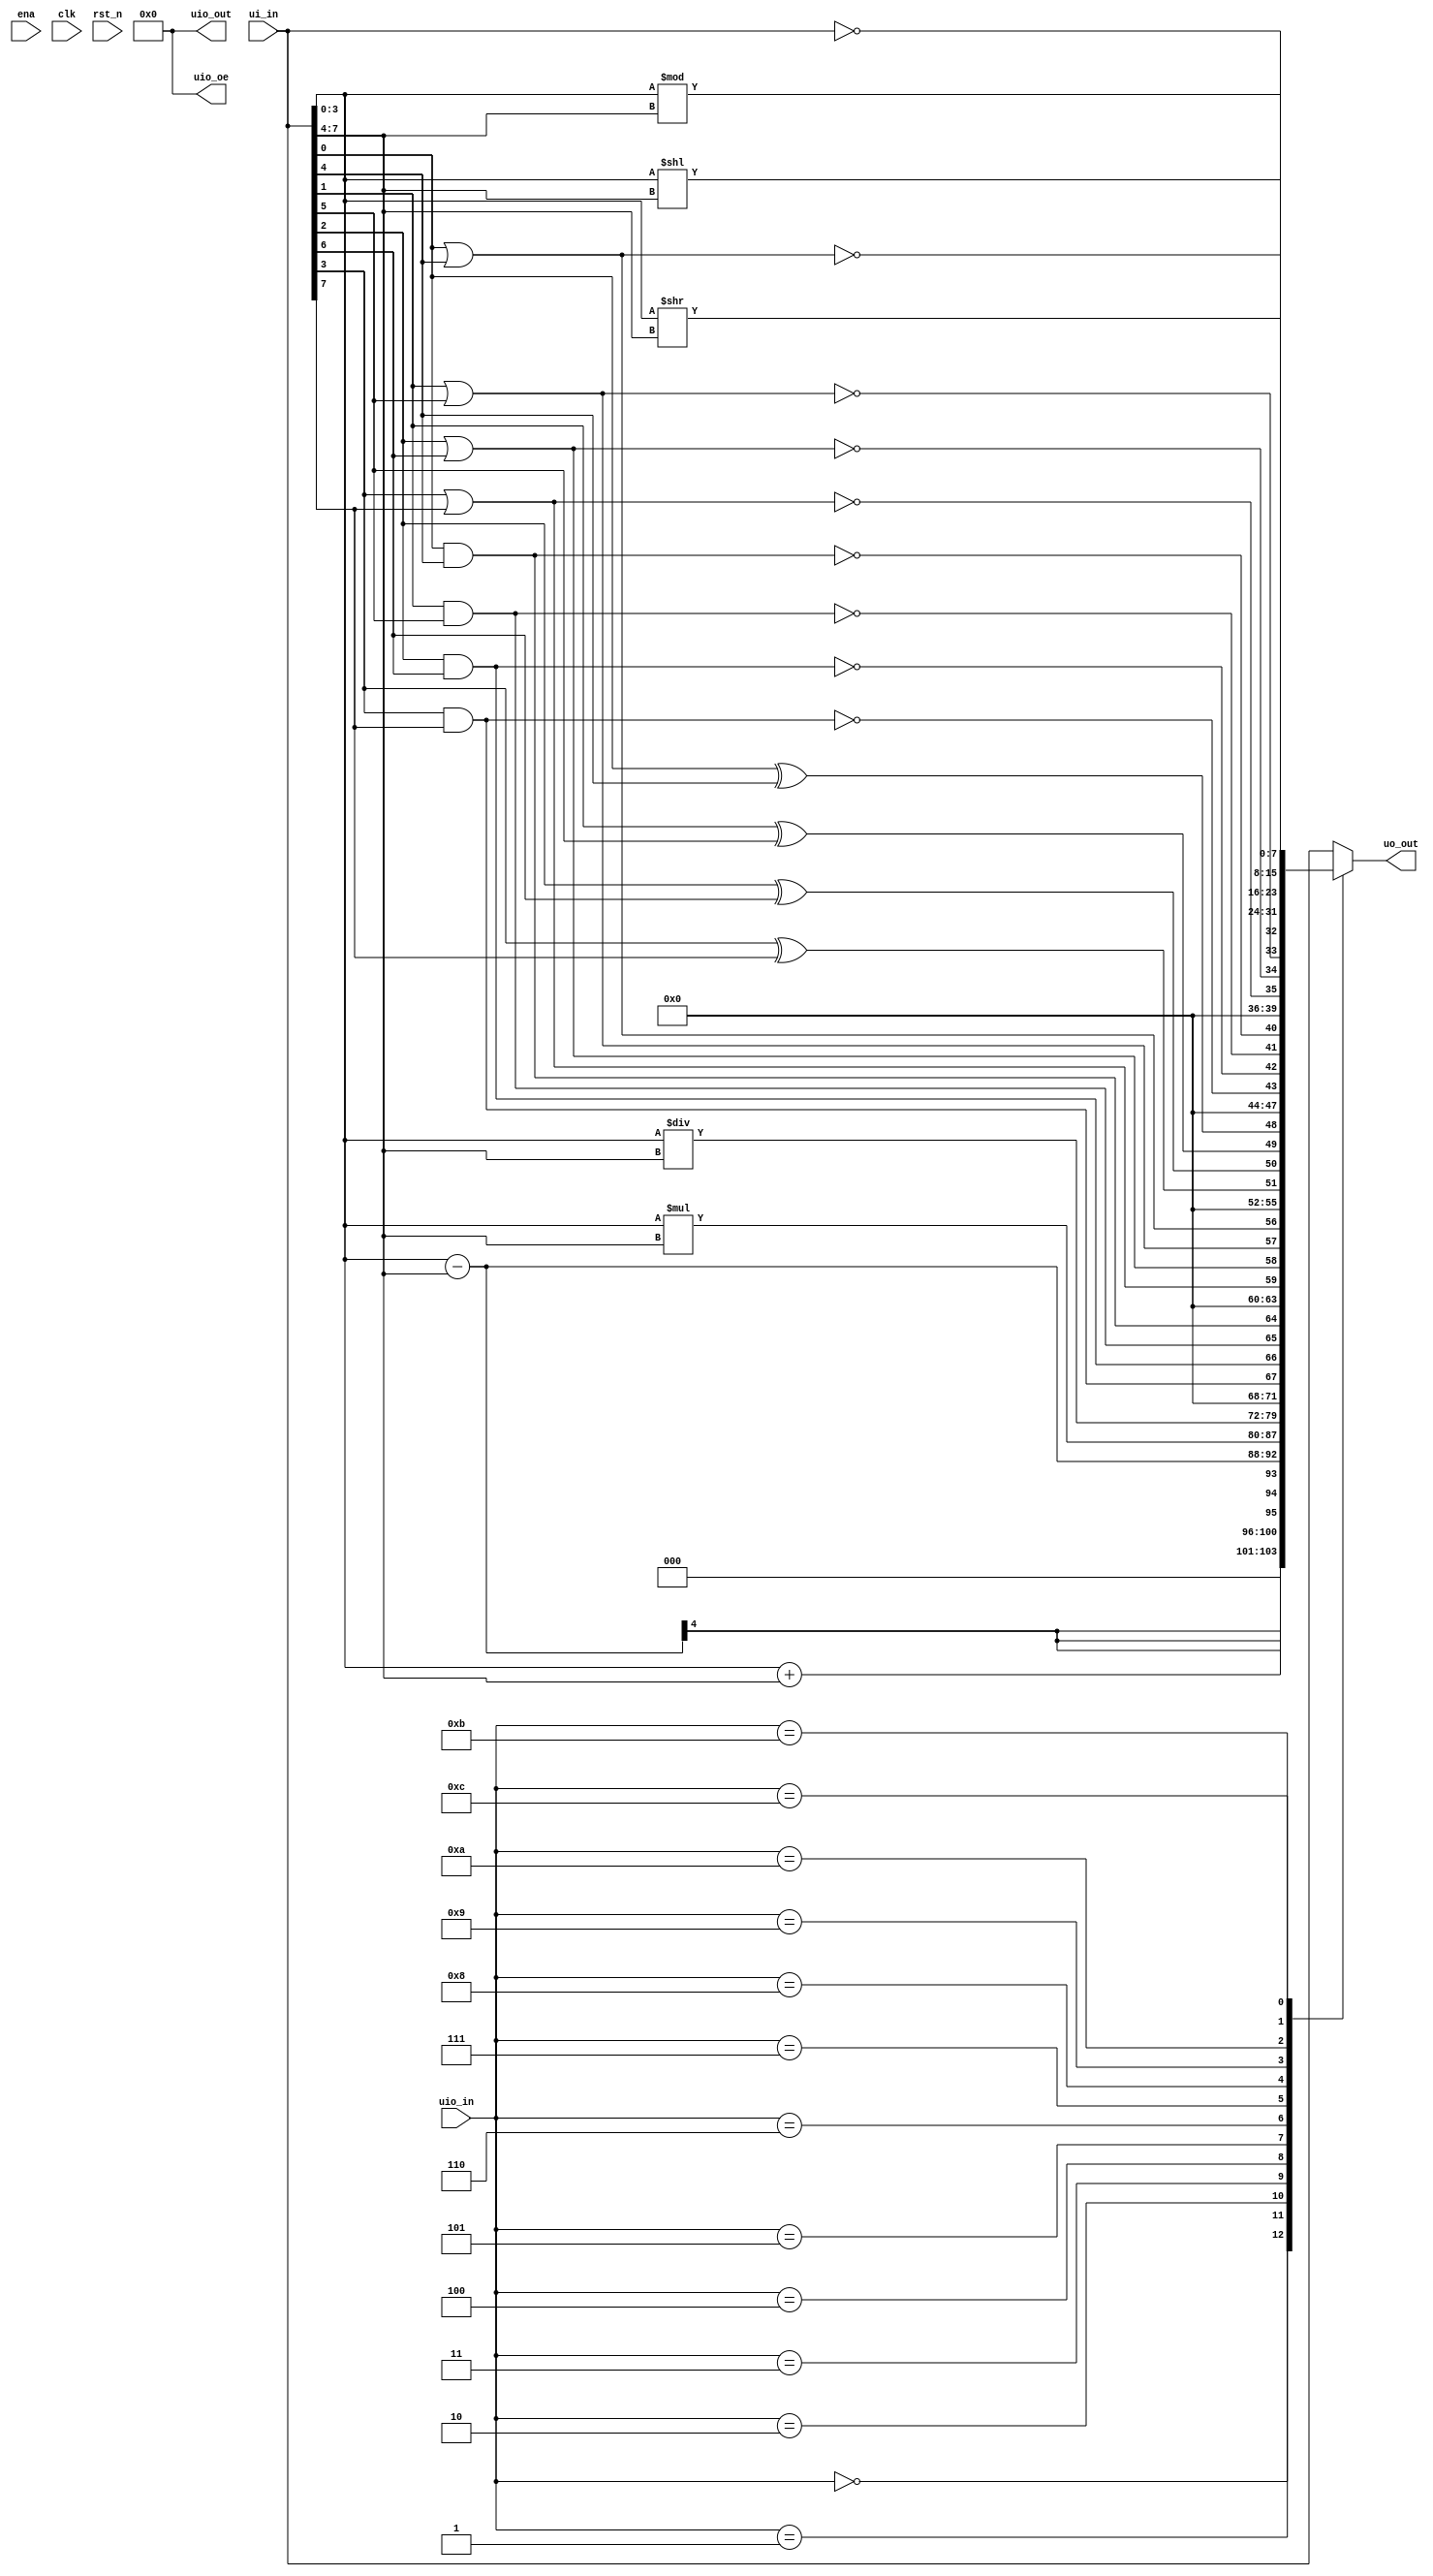
module tt_um_czlucius_alu (
    input  wire [7:0] ui_in,    // Dedicated inputs - connected to the input switches
    output wire [7:0] uo_out,   // Dedicated outputs - connected to the 7 segment display
    input  wire [7:0] uio_in,   // IOs: Bidirectional Input path
    output wire [7:0] uio_out,  // IOs: Bidirectional Output path
    output wire [7:0] uio_oe,   // IOs: Bidirectional Enable path (active high: 0=input, 1=output)
    input  wire       ena,      // will go high when the design is enabled
    input  wire       clk,      // clock
    input  wire       rst_n     // reset_n - low to reset
);
    wire[3:0] x, y; // declaration of variables
    reg [7:0] calculation;

    assign x = ui_in[3:0];
    assign y = ui_in[7:4];


    assign uo_out = calculation;

    assign uio_out = 8'h0;
    assign uio_oe = 8'h0;


    always @(*) begin
        case (uio_in)
            8'd0: calculation = x + y;
            8'd1: calculation = $signed(x) - $signed(y); // x and y are both unsigned. -15 <= calculation <= 15. (technically -16 can also be represented, but theres no way to achieve -16.)
            8'd2: calculation = x * y;
            8'd3: calculation = x / y;
            8'd4: calculation = {x[3]&y[3], x[2]&y[2], x[1]&y[1], x[0]&y[0]};
            8'd5: calculation = {x[3]|y[3], x[2]|y[2], x[1]|y[1], x[0]|y[0]};
            8'd6: calculation = {x[3]^y[3], x[2]^y[2], x[1]^y[1], x[0]^y[0]};
            8'd7: calculation = {~(x[3]&y[3]), ~(x[2]&y[2]), ~(x[1]&y[1]), ~(x[0]&y[0])};
            8'd8: calculation = {~(x[3]|y[3]), ~(x[2]|y[2]), ~(x[1]|y[1]), ~(x[0]|y[0])};
            8'd9: calculation = ~ui_in;
            8'd10: calculation = x % y;
            8'd11: calculation = x << y;
            8'd12: calculation = x >> y;
            default: calculation = ui_in;
        endcase
        
    end
endmodule